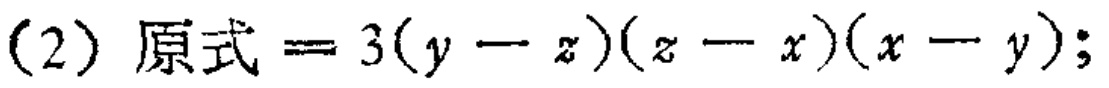
(2) 原式$=3(y - z)(z - x)(x - y);$